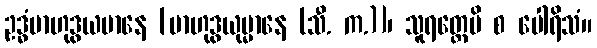
ဥဒ္ဓံဗာဟုဒွယမာနေ [ဗာဟုဒွယုမ္မာနေ (သီ. က.)]၊ သူရတ္တေပိ စ ပေါရိသံ။